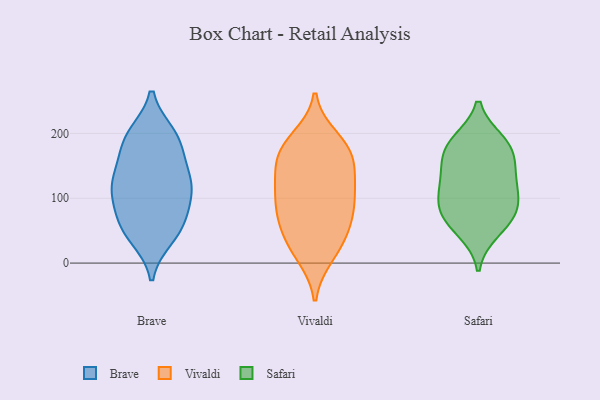
{"axis": {"x": "LTV (USD)", "y": "Value"}, "legend": ["Brave", "Safari", "Vivaldi"], "data": [{"x": "", "y": 39, "type": "Brave"}, {"x": "", "y": 114, "type": "Brave"}, {"x": "", "y": 119, "type": "Brave"}, {"x": "", "y": 197, "type": "Brave"}, {"x": "", "y": 199, "type": "Brave"}, {"x": "", "y": 197, "type": "Brave"}, {"x": "", "y": 166, "type": "Brave"}, {"x": "", "y": 82, "type": "Brave"}, {"x": "", "y": 60, "type": "Brave"}, {"x": "", "y": 81, "type": "Brave"}, {"x": "", "y": 117, "type": "Brave"}, {"x": "", "y": 179, "type": "Brave"}, {"x": "", "y": 44, "type": "Brave"}, {"x": "", "y": 142, "type": "Brave"}, {"x": "", "y": 115, "type": "Brave"}, {"x": "", "y": 131, "type": "Brave"}, {"x": "", "y": 54, "type": "Brave"}, {"x": "", "y": 93, "type": "Vivaldi"}, {"x": "", "y": 43, "type": "Vivaldi"}, {"x": "", "y": 180, "type": "Vivaldi"}, {"x": "", "y": 96, "type": "Vivaldi"}, {"x": "", "y": 116, "type": "Vivaldi"}, {"x": "", "y": 11, "type": "Vivaldi"}, {"x": "", "y": 36, "type": "Vivaldi"}, {"x": "", "y": 165, "type": "Vivaldi"}, {"x": "", "y": 108, "type": "Vivaldi"}, {"x": "", "y": 178, "type": "Vivaldi"}, {"x": "", "y": 131, "type": "Vivaldi"}, {"x": "", "y": 148, "type": "Vivaldi"}, {"x": "", "y": 177, "type": "Vivaldi"}, {"x": "", "y": 141, "type": "Vivaldi"}, {"x": "", "y": 73, "type": "Vivaldi"}, {"x": "", "y": 72, "type": "Vivaldi"}, {"x": "", "y": 15, "type": "Vivaldi"}, {"x": "", "y": 193, "type": "Vivaldi"}, {"x": "", "y": 60, "type": "Vivaldi"}, {"x": "", "y": 160, "type": "Safari"}, {"x": "", "y": 187, "type": "Safari"}, {"x": "", "y": 104, "type": "Safari"}, {"x": "", "y": 66, "type": "Safari"}, {"x": "", "y": 178, "type": "Safari"}, {"x": "", "y": 183, "type": "Safari"}, {"x": "", "y": 83, "type": "Safari"}, {"x": "", "y": 134, "type": "Safari"}, {"x": "", "y": 134, "type": "Safari"}, {"x": "", "y": 76, "type": "Safari"}, {"x": "", "y": 106, "type": "Safari"}, {"x": "", "y": 50, "type": "Safari"}]}